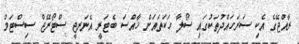
ރާއްޖޭގެ އެކި ސަރަހައްދުތަކުގައި ސޯލާ ހަކަތައަށް ޚާއްސަ ބެޓަރީ އެނަރޖީ ސްޓޯރޭޖް ސިސްޓަމް